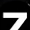
Digit: 7